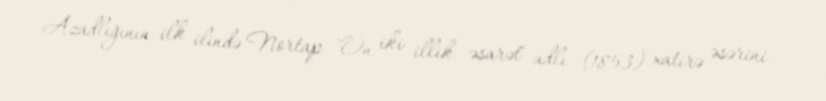
Azadlığının ilk ilində Nortap "On iki illik əsarət" adlı (1853) xatirə əsərini